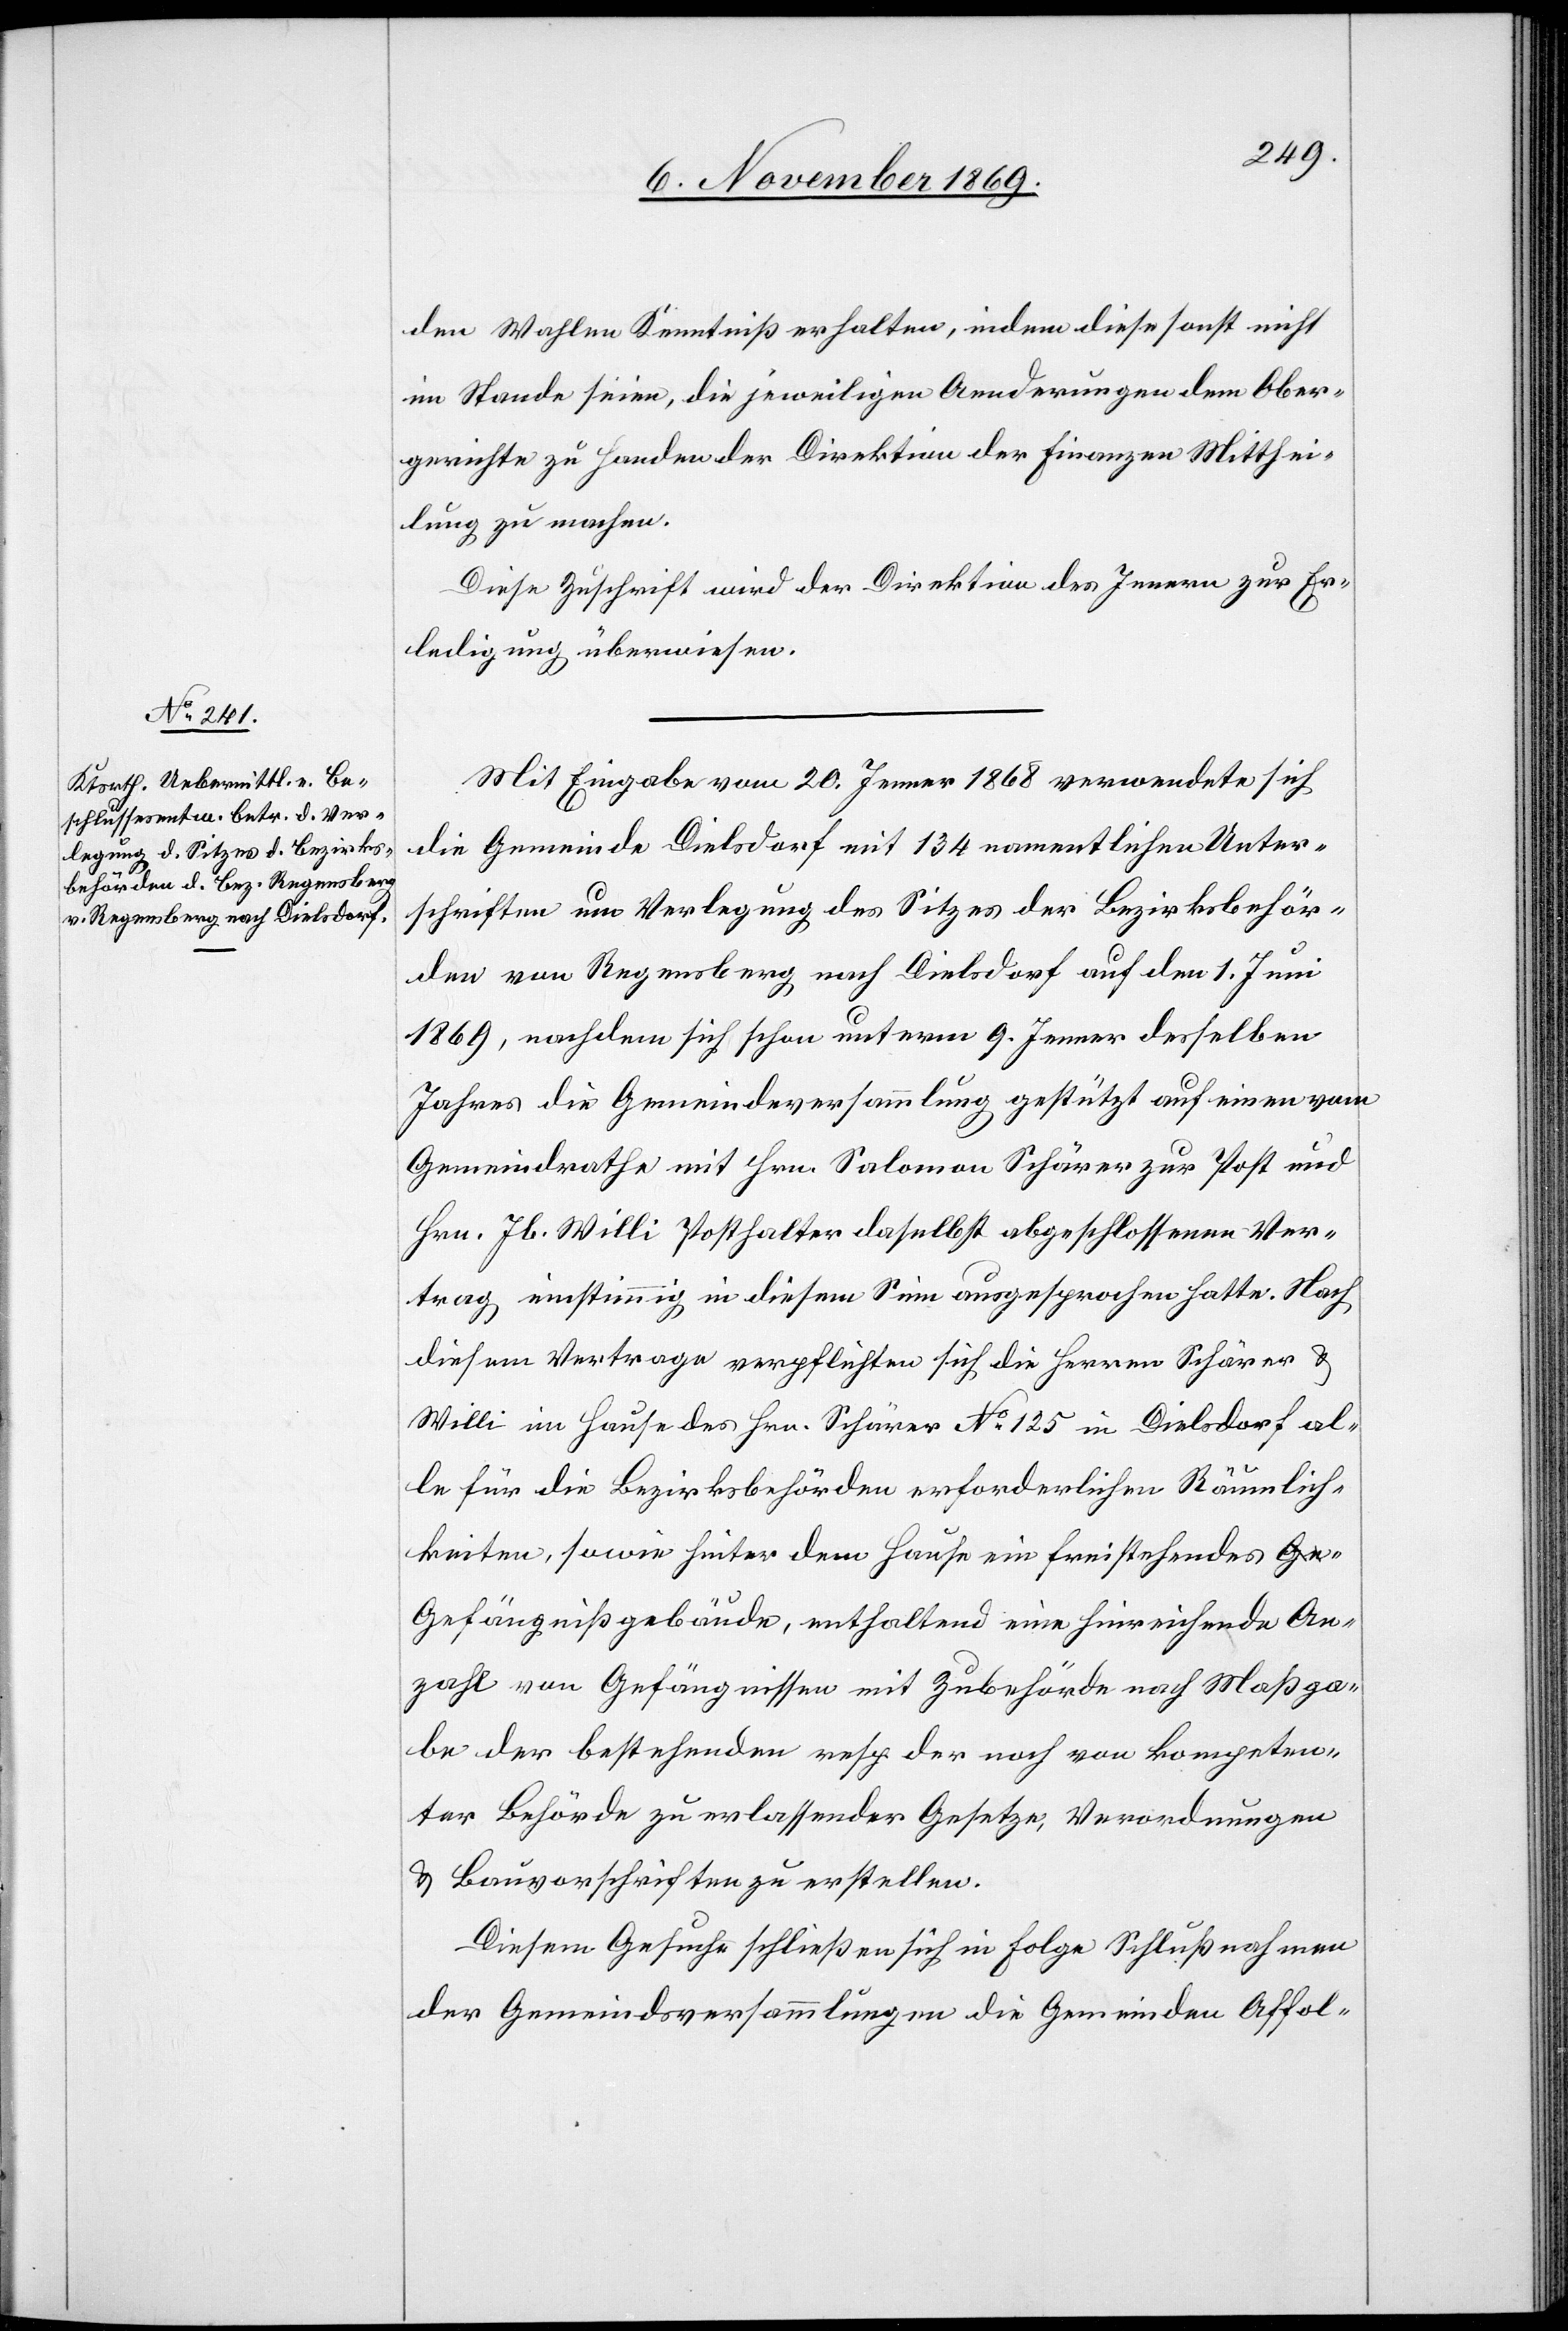
den Wahlen Kenntniß erhalten, indem diese sonst nicht
im Stande seien, die jeweiligen Aenderungen dem Ober¬
gerichte zu Handen der Direktion der Finanzen Mitthei¬
lung zu machen.
Diese Zuschrift wird der Direktion des Innern zur Er¬
ledigung überwiesen.
Mit Eingabe vom 20. Jenner 1868 verwendete sich
die Gemeinde Dielsdorf mit 134 namentlichen Unter¬
schriften um Verlegung des Sitzes der Bezirksbehör¬
den von Regensberg nach Dielsdorf auf den 1. Juni
1869, nachdem sich schon unterm 9. Jenner desselben
Jahres die Gemeindeversammlung gestützt auf einen vom
Gemeindrathe mit Hrn. Salomon Schärer zur Post und
Hrn. Jb. Willi Posthalter daselbst abgeschlossenen Ver¬
trag einstimmig in diesem Sinn ausgesprochen hatte. Nach
diesem Vertrage verpflichten sich die Herren Schärer &
Willi im Hause des Hrn. Schärer No 125 in Dielsdorf al¬
le für die Bezirksbehörden erforderlichen Räumlich¬
keiten, sowie hinter dem Hause ein freistehendes G¬
efängnißgebäude, enthaltend eine hinreichende An¬
zahl von Gefängnissen mit Zubehörde nach Maßga¬
be der bestehenden resp. der noch von kompeten¬
ter Behörde zu erlassender Gesetze, Verordnungen
& Bauvorschriften zu erstellen.
Diesem Gesuche schließen sich in Folge Schlußnahmen
der Gemeindsversammlungen die Gemeinden Affol-